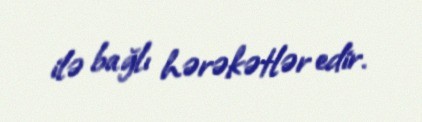
ilə bağlı hərəkətlər edir.